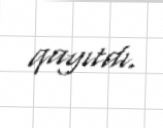
qayıtdı.